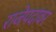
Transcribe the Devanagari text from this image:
राजेपदावर